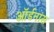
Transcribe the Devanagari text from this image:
ऑर्डनांस